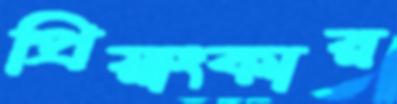
প্রিয়াংকার